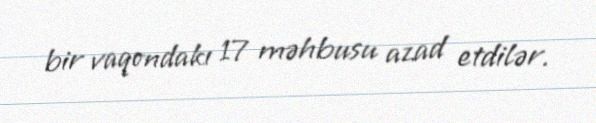
bir vaqondakı 17 məhbusu azad etdilər.